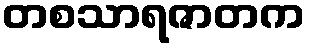
တစသာရဇာတက